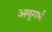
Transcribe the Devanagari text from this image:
अणुगर्भ